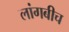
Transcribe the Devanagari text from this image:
लांगबीच